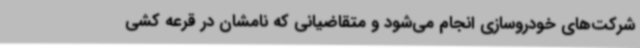
شرکت‌های خودروسازی انجام می‌شود و متقاضیانی که نامشان در قرعه کشی